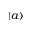
| a \rangle